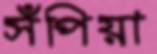
সঁপিয়া